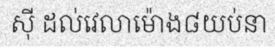
ស៊ី ដល់វេលាម៉ោង៨យប់នា